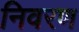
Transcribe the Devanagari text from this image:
निवरण